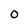
Character: O